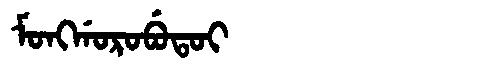
Manchu: ᠮᠣᠩᡤᠣᡵᠣᠪᡠᡨᠣᡳ
Romanization: MONGGOROBUTOI